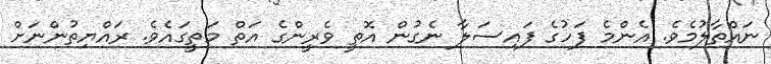
ނައްތާލުމެވެ. އެންމެ ފަހުގެ ފައިސަލާ ނެގުން އޮތީ ވެރީންގެ އަތް މަތީގައެވެ. ރައްޔިތުންނަށް